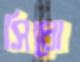
সিধো